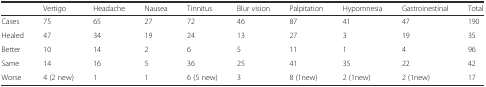
<table><thead><tr><td></td><td><b>Vertigo</b></td><td><b>Headache</b></td><td><b>Nausea</b></td><td><b>Tinnitus</b></td><td><b>Blur vision</b></td><td><b>Palpitation</b></td><td><b>Hypomnesia</b></td><td><b>Gastroinestinal</b></td><td><b>Total</b></td></tr></thead><tbody><tr><td>Cases</td><td>75</td><td>65</td><td>27</td><td>72</td><td>46</td><td>87</td><td>41</td><td>47</td><td>190</td></tr><tr><td>Healed</td><td>47</td><td>34</td><td>19</td><td>24</td><td>13</td><td>27</td><td>3</td><td>19</td><td>35</td></tr><tr><td>Better</td><td>10</td><td>14</td><td>2</td><td>6</td><td>5</td><td>11</td><td>1</td><td>4</td><td>96</td></tr><tr><td>Same</td><td>14</td><td>16</td><td>5</td><td>36</td><td>25</td><td>41</td><td>35</td><td>22</td><td>42</td></tr><tr><td>Worse</td><td>4 (2 new)</td><td>1</td><td>1</td><td>6 (5 new)</td><td>3</td><td>8 (1new)</td><td>2 (1new)</td><td>2 (1new)</td><td>17</td></tr></tbody></table>